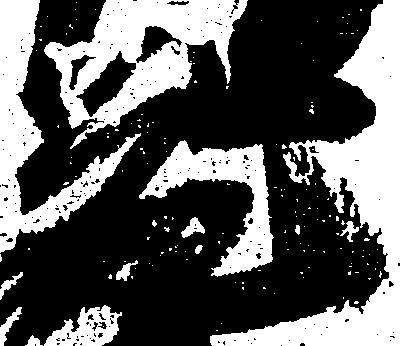
元